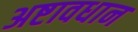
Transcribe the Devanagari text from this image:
अष्टावधान